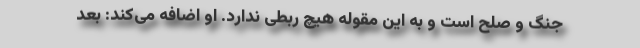
جنگ و صلح است و به این مقوله هیچ ربطی ندارد. او اضافه می‌کند: بعد